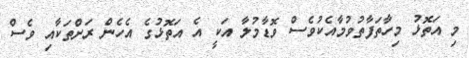
މި އަތޮޅު މިހާތަފާތުވުމާއެކުވެސް ވޮޑާމުލާ އަކީ އެ އަތޮޅުގެ އެހެން ރަށްތަކާއި ވެސް